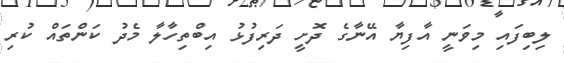
ލިބިފައި މިވަނީ އާފިޔާ އޭނާގެ ދޮށީ ދަރިފުޅު އިބްތިހާލާ މެދު ކަންތައް ކުރި